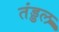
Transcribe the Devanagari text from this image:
तंड्डल